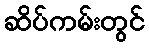
ဆိပ်ကမ်းတွင်